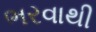
ભરવાથી